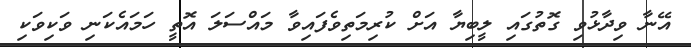
އޭނާ ވިދާޅުވި ގޮތުގައި ލީބިޔާ އަށް ކުރިމަތިވެފައިވާ މައްސަލަ އޮތީ ހަމައެކަނި ވަކިވަކި